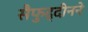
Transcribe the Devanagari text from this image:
सैफुद्दीनने